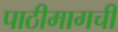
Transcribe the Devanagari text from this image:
पाठीमागची